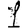
Digit: 1